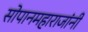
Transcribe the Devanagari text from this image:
सोपानमहाराजांनी